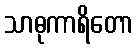
သာဓုကာရိတော